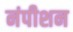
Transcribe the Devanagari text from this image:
नंपीशन